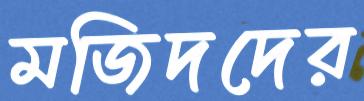
মজিদদের